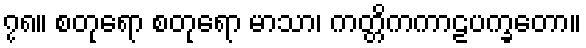
၇၈။ စတုရော စတုရော မာသာ၊ ကတ္တိကကာဠပက္ခတော။